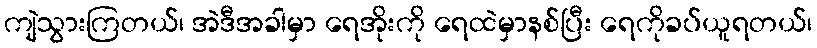
ကျဲသွားကြတယ်၊ အဲဒီအခါမှာ ရေအိုးကို ရေထဲမှာနစ်ပြီး ရေကိုခပ်ယူရတယ်၊